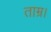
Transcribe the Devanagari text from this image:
ताम्र।